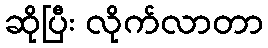
ဆိုပြီး လိုက်လာတာ